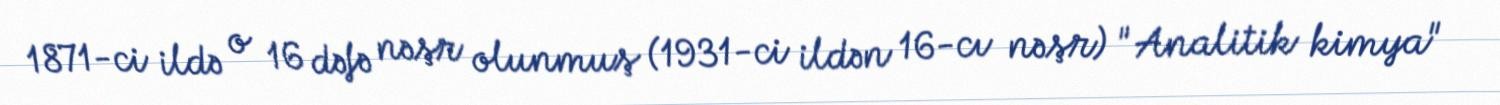
1871-ci ildə o 16 dəfə nəşr olunmuş (1931-ci ildən 16-cı nəşr) "Analitik kimya"